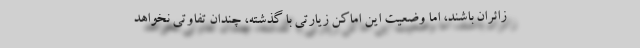
زائران باشند، اما وضعیت این اماکن زیارتی با گذشته، چندان تفاوتی نخواهد